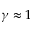
\gamma \approx 1